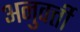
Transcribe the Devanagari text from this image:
अनुवर्त्ती